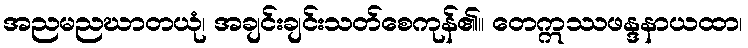
အညမညဃာတယုံ၊ အချင်းချင်းသတ်စေကုန်၏။ တေဣဿဖန္ဒနာယထာ၊